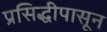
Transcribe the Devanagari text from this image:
प्रसिद्धीपासून